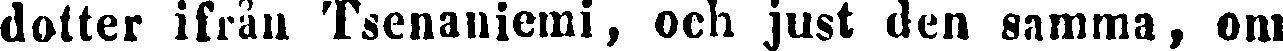
dotter ifrån Tsenaniemi, och just den samma, om